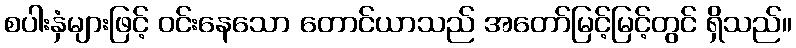
စပါးနှံများဖြင့် ဝင်းနေသော တောင်ယာသည် အတော်မြင့်မြင့်တွင် ရှိသည်။